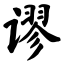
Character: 谬